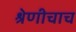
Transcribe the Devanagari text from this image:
श्रेणीचाच